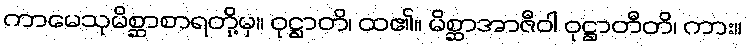
ကာမေသုမိစ္ဆာစာရတို့မှ။ ဝုဋ္ဌာတိ၊ ထ၏။ မိစ္ဆာအာဇီဝါ ဝုဋ္ဌာတီတိ၊ ကား။